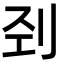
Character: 刭